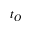
t _ { O }